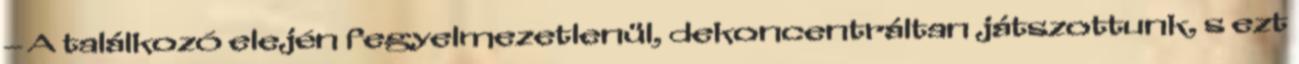
– A találkozó elején fegyelmezetlenül, dekoncentráltan játszottunk, s ezt